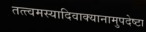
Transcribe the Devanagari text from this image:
तत्त्वमस्यादिवाक्यानामुपदेष्टा